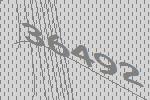
36492